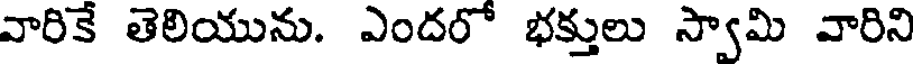
వారికే తెలియును. ఎందరో భక్తులు స్వామి వారిని